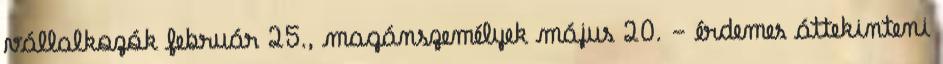
vállalkozók február 25., magánszemélyek május 20. - érdemes áttekinteni